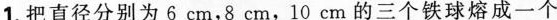
1.把直径分别为6cm，8cm，10cm的三个铁球熔成一个